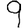
Digit: 9